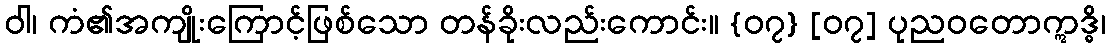
ဝါ၊ ကံ၏အကျိုးကြောင့်ဖြစ်သော တန်ခိုးလည်းကောင်း။ {၀၇} [၀၇] ပုညဝတောဣဒ္ဓိ၊